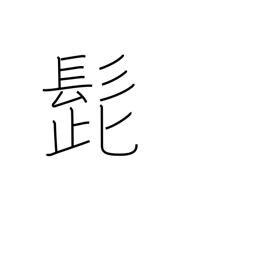
Meaning: mustache